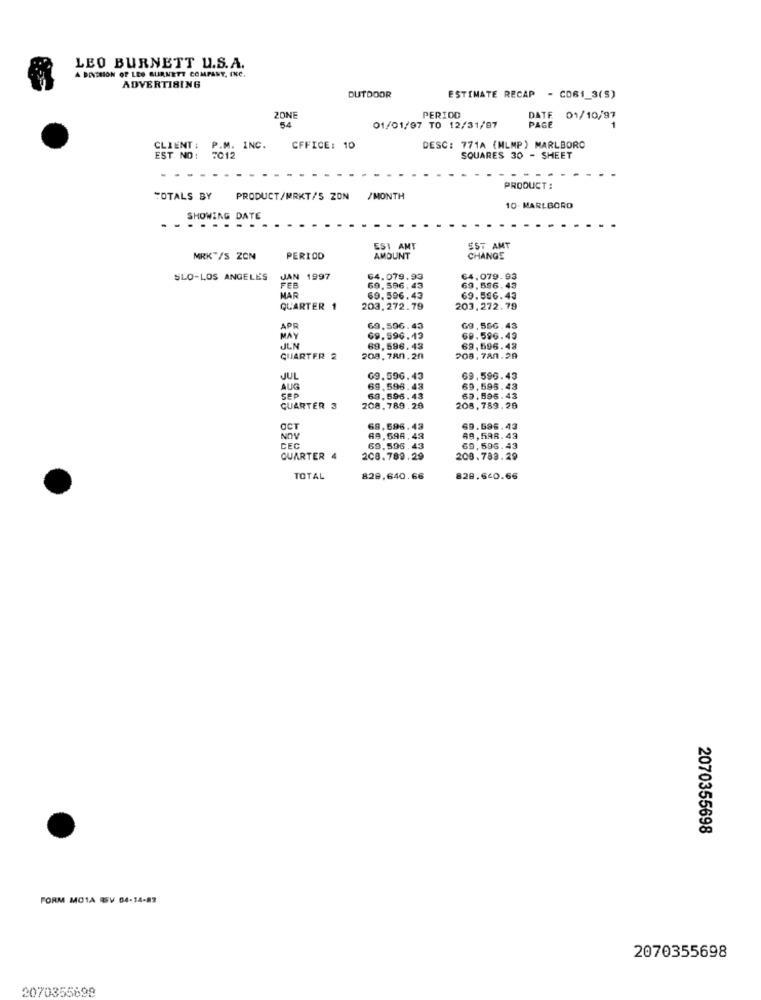
LEO BURNETT U.S.A.
A DIVISION OF LES BURNETT COMPANY, INC.
ADVERTISING
OUTDOOR
ESTIMATE RECAP - CD61_3(S)
ZONE
PERIOD
DATE
01/10/97
5.4
01/01/97 TO 12/31/97
PAGE
CLIENT : P.M. INC.
CFFICE: 10
DESC: 771A (MLMP) MARLBORO
EST NO: 7012
SQUARES 30 - SHEET
PRODUCT :
TOTALS BY
PRODUCT/MRKT/S ZON
/MONTH
10. MARLBORO
SHOWING DATE
....
EST AMT
EST AMT
MRK"/S ZON
PERIOD
AMOUNT
CHANGE
SLO-LOS ANGELES
JAN 1997
64.079.93
64,079.93
69.596.43
69.596.43
MAR
69.596.43
69.586.43
QUARTER 1
203.272.79
203.272.79
APR
69.596.43
G9, 556. 43
MAY
69.596.13
69.596.49
JJUN
69.596. 43
68,596.43
QUARTER 2
208.780.20
208.780.29
JUL
09.596.43
69,596.43
AUG
69.598.43
69,595.43
SEP
69.596.43
60.595.43
QUARTER 3
208.789.28
208, 789.29
OCT
69.696.43
69.696.43
NOV
69.598.42
69,698.43
CEC
69.596.43
69,593.43
QUARTER 4
208.789.29
200.783.29
TOTAL
829,640.66
828.640.66
2070355698
FORM MOTA RSV 04-14-83
2070355698
2070355698